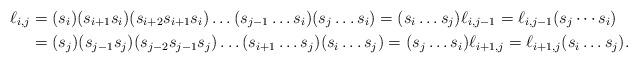
LaTeX: \begin{align*}\ell_{i,j} &= (s_i)(s_{i+1}s_i)(s_{i+2}s_{i+1}s_i)\hdots(s_{j-1}\hdots s_i)(s_j\hdots s_i)= (s_i\hdots s_j)\ell_{i,j-1}=\ell_{i,j-1}(s_{j}\cdots s_{i})\\&= (s_{j})(s_{j-1}s_{j})(s_{j-2}s_{j-1}s_{j})\hdots(s_{i+1}\hdots s_{j})(s_{i}\hdots s_{j}) = (s_{j}\hdots s_{i})\ell_{i+1,j}=\ell_{i+1,j}(s_{i}\hdots s_{j}).\end{align*}